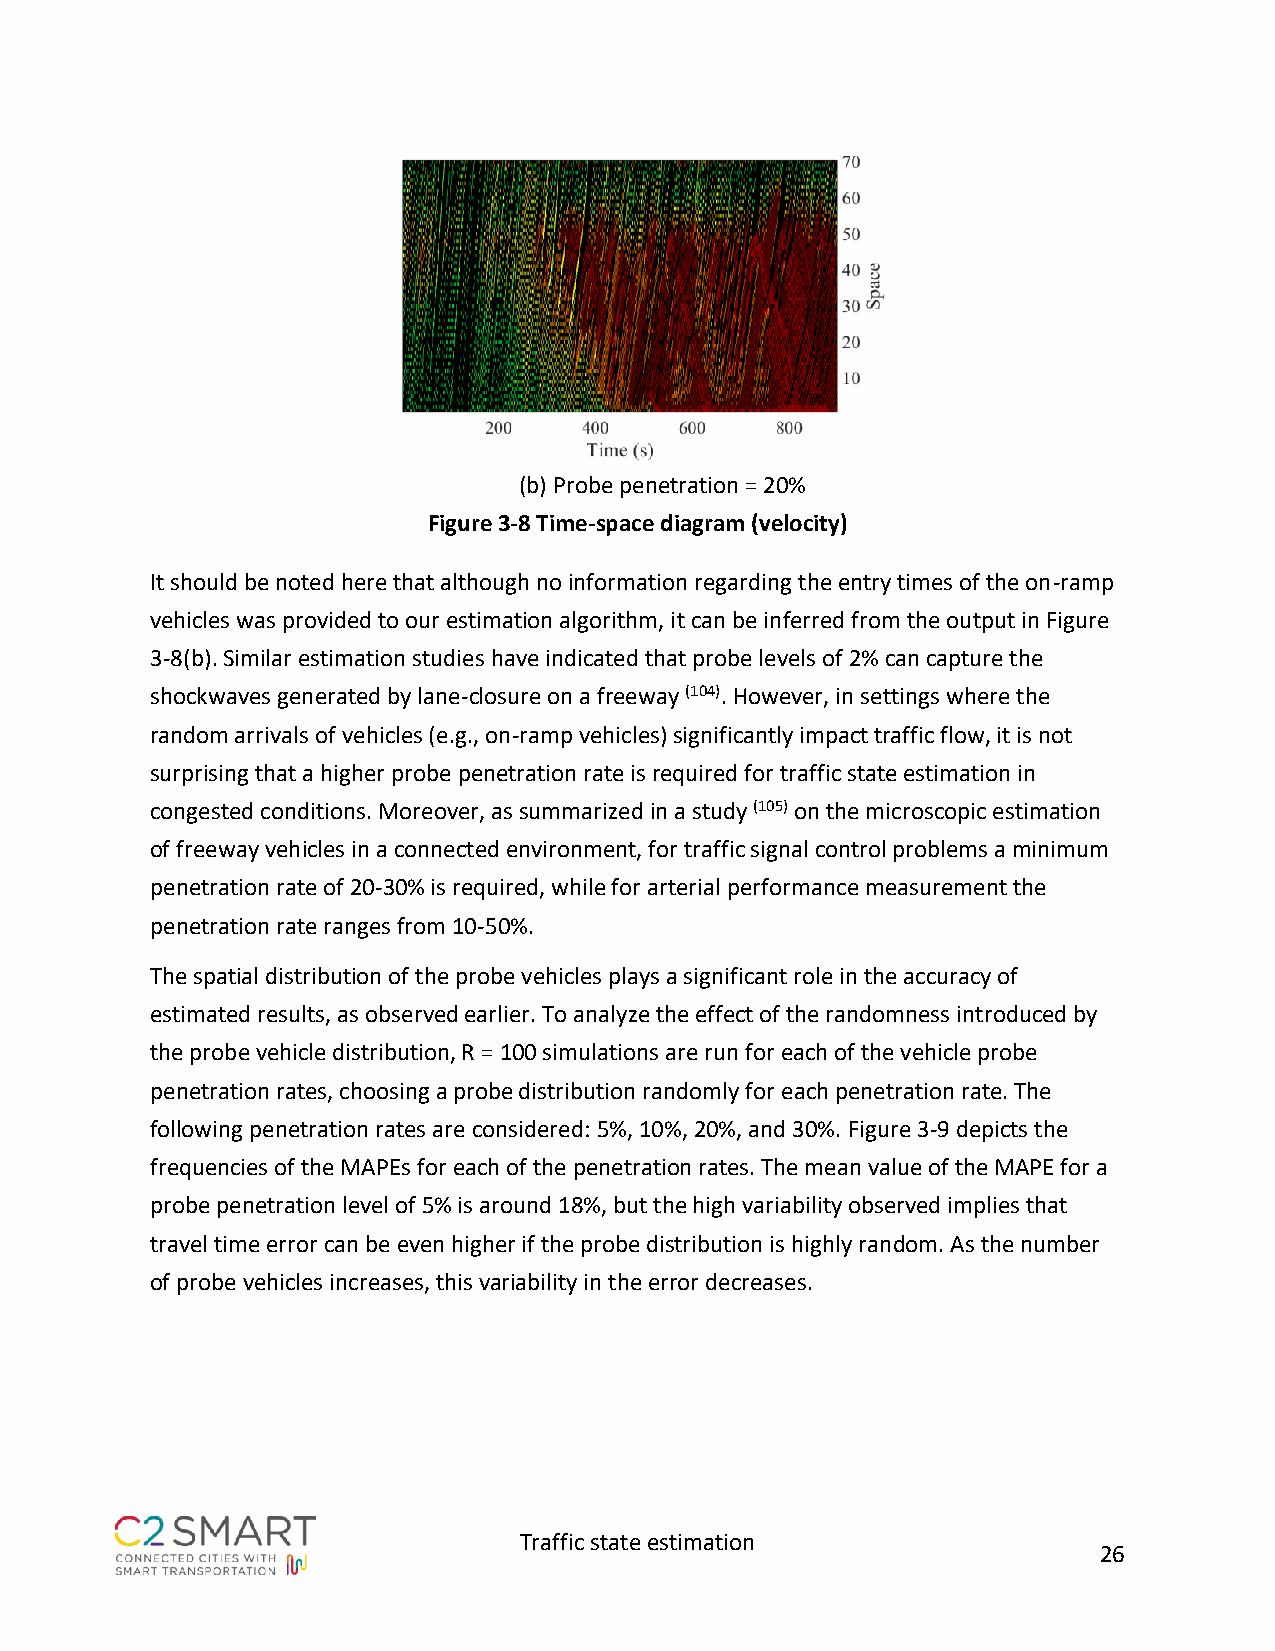
(b) Probe penetration = 20%
 Figure 3-8 Time-space diagram (velocity)
 It should be noted here that although no information regarding the entry times of the on-ramp
 vehicles was provided to our estimation algorithm, it can be inferred from the output in Figure
 3-8(b). Similar estimation studies have indicated that probe levels of 2% can capture the
 shockwaves generated by lane-closure on a freeway (104). However, in settings where the
 random arrivals of vehicles (e.g., on-ramp vehicles) significantly impact traffic flow, it is not
 surprising that a higher probe penetration rate is required for traffic state estimation in
 congested conditions. Moreover, as summarized in a study (105) on the microscopic estimation
 of freeway vehicles in a connected environment, for traffic signal control problems a minimum
 penetration rate of 20-30% is required, while for arterial performance measurement the
 penetration rate ranges from 10-50%.
 The spatial distribution of the probe vehicles plays a significant role in the accuracy of
 estimated results, as observed earlier. To analyze the effect of the randomness introduced by
 the probe vehicle distribution, R = 100 simulations are run for each of the vehicle probe
 penetration rates, choosing a probe distribution randomly for each penetration rate. The
 following penetration rates are considered: 5%, 10%, 20%, and 30%. Figure 3-9 depicts the
 frequencies of the MAPEs for each of the penetration rates. The mean value of the MAPE for a
 probe penetration level of 5% is around 18%, but the high variability observed implies that
 travel time error can be even higher if the probe distribution is highly random. As the number
 of probe vehicles increases, this variability in the error decreases.
 Traffic state estimation
 26